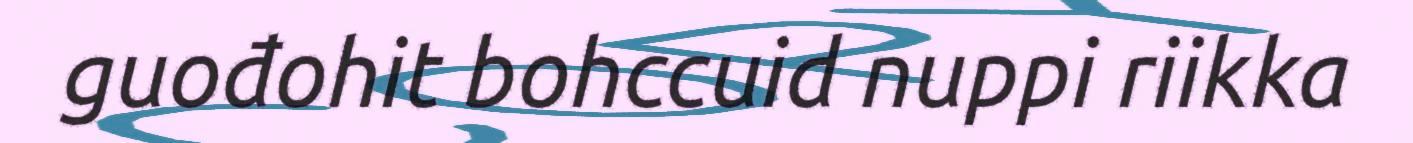
guođohit bohccuid nuppi riikka